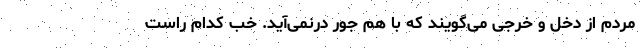
مردم از دخل و خرجی می‌گویند که با هم جور درنمی‌آید. خب کدام راست